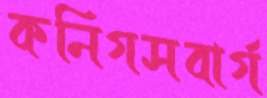
কনিগসবার্গ